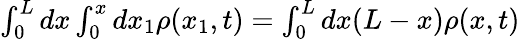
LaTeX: \begin{array}{r}{\int_{0}^{L}dx\int_{0}^{x}dx_{1}\rho(x_{1},t)=\int_{0}^{L}dx(L-x)\rho(x,t)}\end{array}